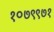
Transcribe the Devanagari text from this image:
१०७९९७१